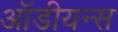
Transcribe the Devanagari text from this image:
ऑडीयन्स